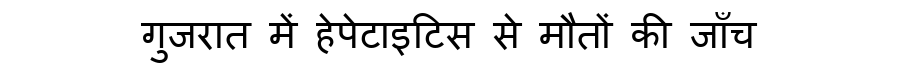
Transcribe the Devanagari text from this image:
गुजरात में हेपेटाइटिस से मौतों की जाँच